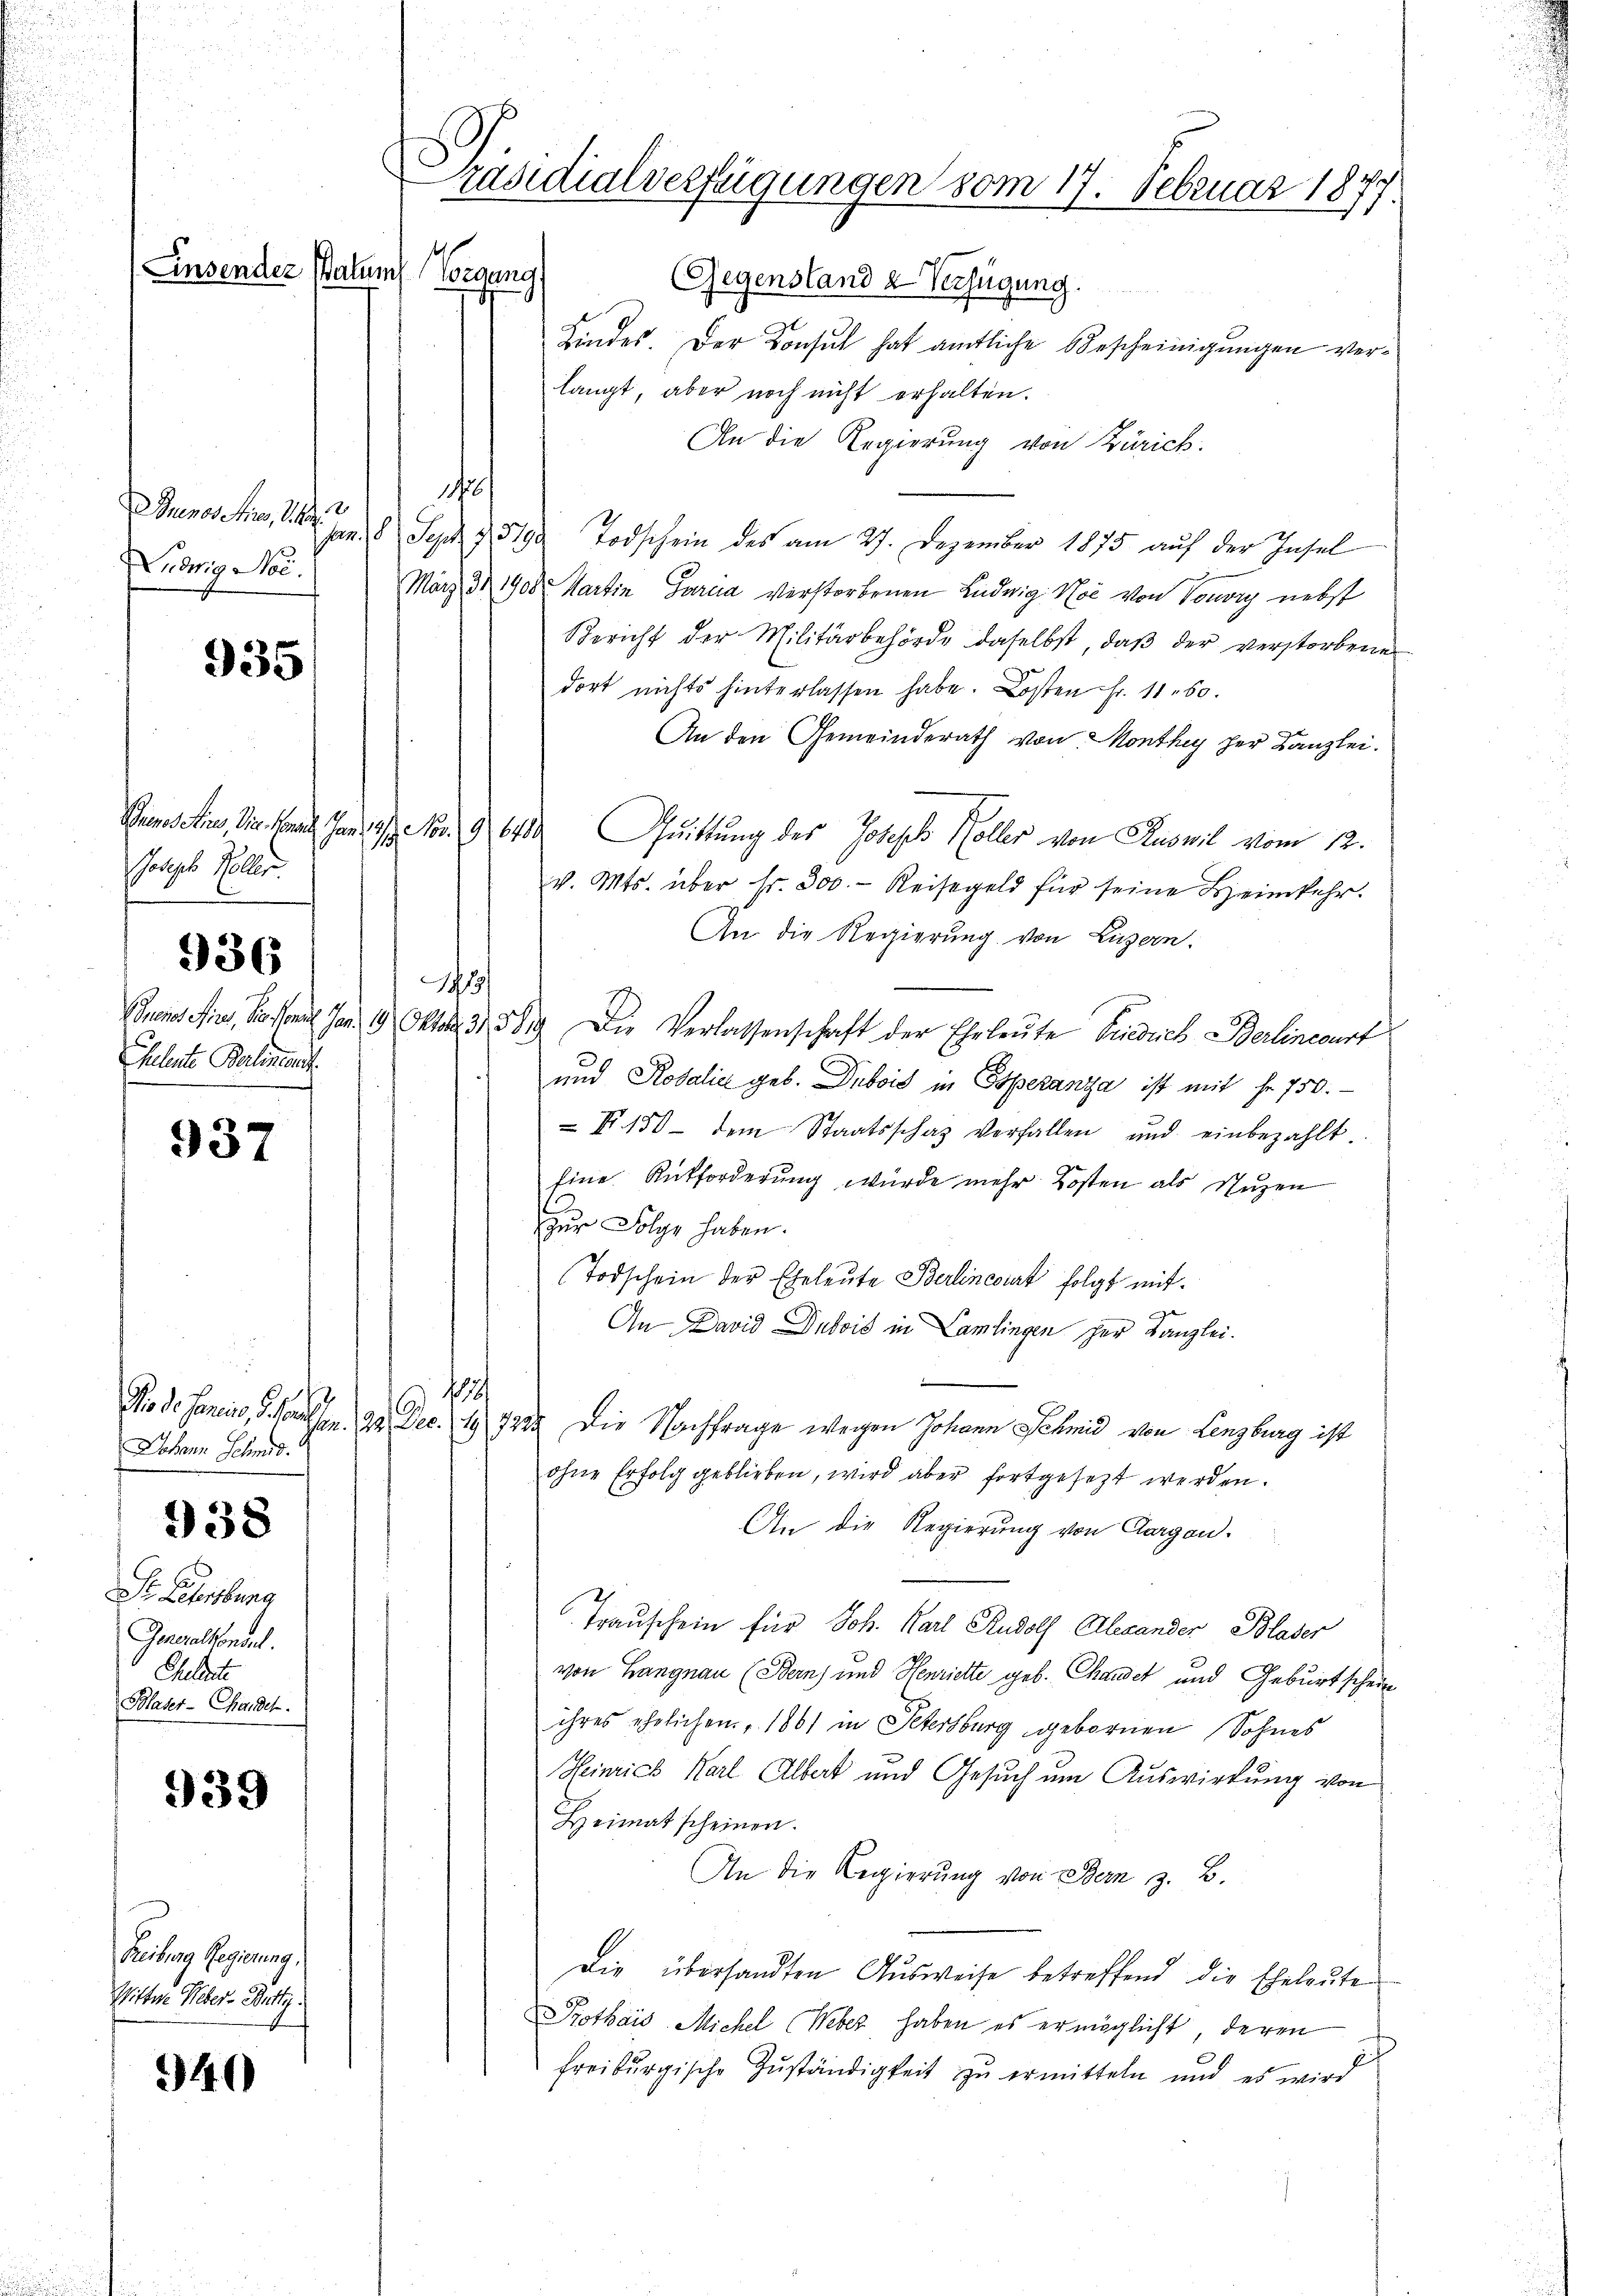
Einsender Balum

18
Guenos erer, V. B
Ludwig No.

935

Joseph Koller.

Cheleute Berlineant

936

937

Johann Schmid.

Dr. Neuenburg
Generalkonsul
Cheleute
Blaser-Chanden.

938

939

Beitrag Regierung
Wittwe Weber. Bettz

940

Präsidialverfügungen vom 17. Februar 1874
1
Vorgang
(Gegenstand & Verfügung.

Kindes. Der Konsul hat amtliche Bescheinigungen verlangt, aber noch nicht erhalten.
An die Regierung von Zürich.
14
Jan. 18 Sept. 1319 Todschein des am 27. Dezember 1875 auf der Insel
März 3. 1900. Martin Garcia verstorbenen Ludwig Noi von Vouvry nebst
Bericht der Militärbehörde daselbst, daβ der verstorbenen
dort nichts hinterlassen habe. Kosten Fr. 11. 60.
An den Gemeinderath von Monthey her Kanzlei.
Transchine, die kann Jan. 19. No. 9. 6400 Quittung des Joseph Koller von Ruswil vom 12.
v. Mts. über fr. 300.- Reisegeld für seine Beimkehr.
An die Regierung von Luzern.
¬
Buens ein, dassen. Jan. 19 Okto 31. 389. Die Verlassenschaft der Ehrleute Friedrich Berlineart
und Rosalia geb. Dubois in Esperanza ist mit fr. 750.
 II. 150 dem Staatsschaf verfallen und einbezahlt.
Eine Rückforderung wurde mehr Kosten als Nuzen
zur Folge haben.
Todschein der Eheleute Berlinciat folgt mit
An David Dubois in Camlingen der Kanzlei.
118
Rio de Hancis, d. Paulsen. 92. Dec. 149. 722. Die Nachfrage wegen Johann Schmid von Lenzburg ist
ohne Erfolg geblieben, wird aber fortgesezt werden.
An die Regierung von Aargau.
Trauschein für Joh. Karl Rudolf Alexander Blaser
von Langnau (Bern) und Henriette geb. Chandel und Geburtschein
ihres ehelichen, 1861 in Petersburg gebornen Sohnes
Heinrich Karl Albert und Gesuch um Auswirkung von
Heimat scheinen.
An die Regierung von Bern z. B.
Die übersandten Ausweise betreffend die Eheleute
Krothais Michel Weber haben es ermöglicht, deren
freiburgische Zŭständigkeit zŭ ermitteln und es wird